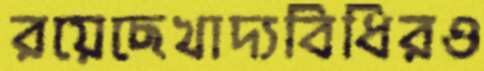
রয়েছেখাদ্যবিধিরও